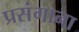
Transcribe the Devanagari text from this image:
प्रसंगाना